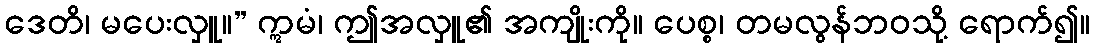
ဒေတိ၊ မပေးလှူ။” ဣမံ၊ ဤအလှူ၏ အကျိုးကို။ ပေစ္စ၊ တမလွန်ဘဝသို့ ရောက်၍။